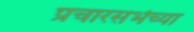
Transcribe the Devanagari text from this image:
प्रचारसभेच्या